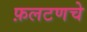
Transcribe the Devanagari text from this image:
फ़लटणचे